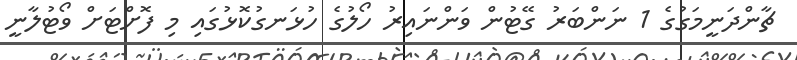
ޗާންދަނީމަގުގެ 1 ނަންބަރު ގޭޓުން ވަންނައިރު ހޯލުގެ ހުޅަނގުކޮޅުގައި މި ފޮށްޓަށް ވޯޓުލާނީ